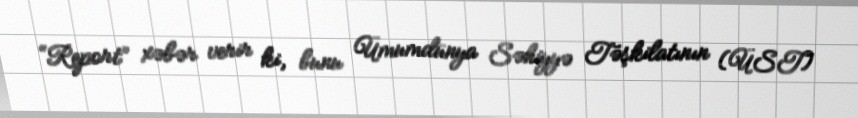
“Report” xəbər verir ki, bunu Ümumdünya Səhiyyə Təşkilatının (ÜST)